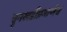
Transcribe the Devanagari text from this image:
चुनखडीप्रमाणेच